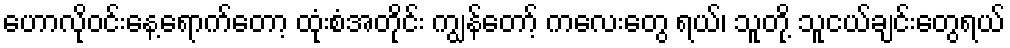
ဟောလိုဝင်းနေ့ရောက်တော့ ထုံးစံအတိုင်း ကျွန်တော့် ကလေးတွေ ရယ်၊ သူတို့ သူငယ်ချင်းတွေရယ်